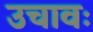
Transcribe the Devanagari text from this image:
उचावः